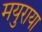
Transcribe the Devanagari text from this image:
मयुराया